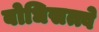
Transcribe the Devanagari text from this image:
बोधिसत्त्वे